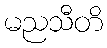
မညသီတိ